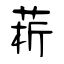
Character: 菥